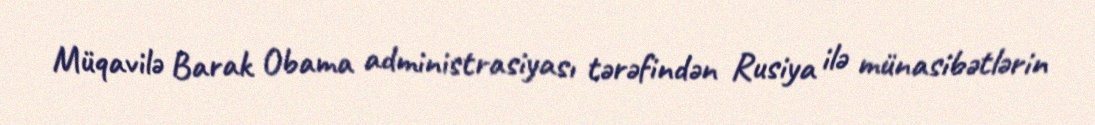
Müqavilə Barak Obama administrasiyası tərəfindən Rusiya ilə münasibətlərin